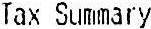
TAX SUMMARY